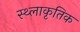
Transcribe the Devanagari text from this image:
स्थ्लाकृतिक